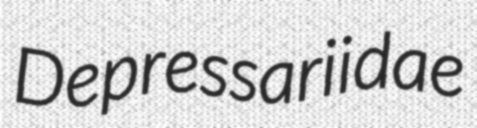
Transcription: Depressariidae